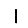
Digit: 1